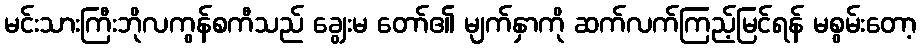
မင်းသားကြီးဘိုလကွန်စကီသည် ချွေးမ တော်၏ မျက်နှာကို ဆက်လက်ကြည့်မြင်ရန် မစွမ်းတော့